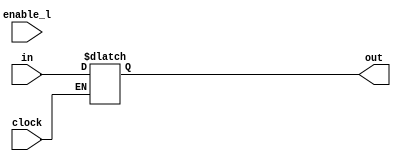
module MregisterD (out, in, clock, enable_l);
parameter bits = 32;	
output [bits-1:0] out;
input [bits-1:0] in;
input clock;
input enable_l; 
	reg [bits-1:0]	out;
	reg [bits-1:0] master;
	always @ (in or clock or enable_l) begin
		if((clock === 1'bx) || (enable_l === 1'bx))
			master = 65'bx;
		else if(~clock & ~enable_l)
	 	     	master = in;
		if(clock) #1 out = master;
	end
endmodule